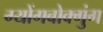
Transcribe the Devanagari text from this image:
ग्योंगबोक्गुंग